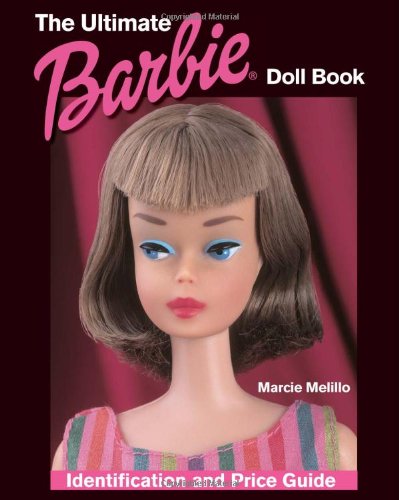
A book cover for The Ultimate Barbie Doll Book; Marcie Melillo; Humor & Entertainment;